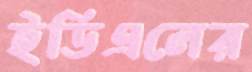
ইডিএলের